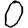
Digit: 0